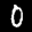
Label: 0